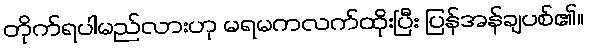
တိုက်ရပါမည်လားဟု မရမကလက်ထိုးပြီး ပြန်အန်ချပစ်၏။